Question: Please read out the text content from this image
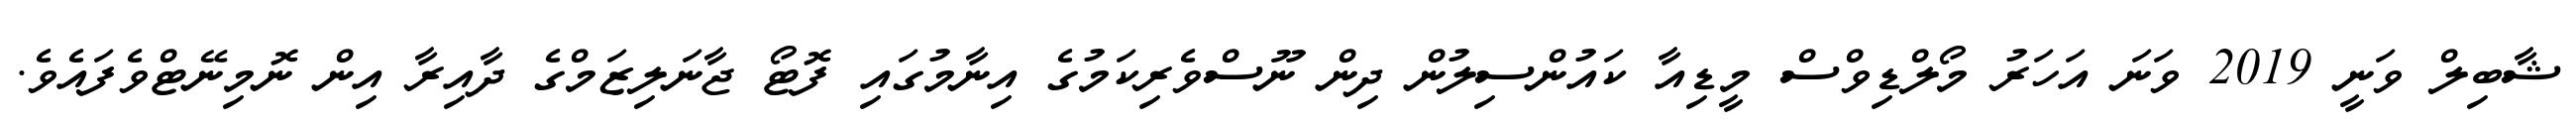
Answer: ޝާބިލް ވަނީ 2019 ވަނަ އަހަރު މޯލްޑިވްސް މީޑިއާ ކައުންސިލުން ދިން ނޫސްވެރިކަމުގެ އިނާމުގައި ފޮޓޯ ޖާނަލިޒަމްގެ ދާއިރާ އިން ނޮމިނޭޓްވެފައެވެ.